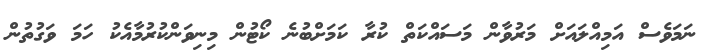
ނަމަވެސް އަމިއްލައަށް މަރުވާން މަސައްކަތް ކުރާ ކަމަށްބުނެ ކޯޓުން މިނިވަންކުރުމާއެކު ހަމަ ވަގުތުން